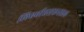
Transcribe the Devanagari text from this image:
लिएबीएसएनएल